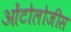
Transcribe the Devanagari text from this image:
ओंटोलोजीस